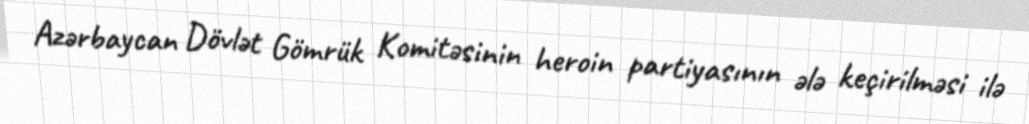
Azərbaycan Dövlət Gömrük Komitəsinin heroin partiyasının ələ keçirilməsi ilə